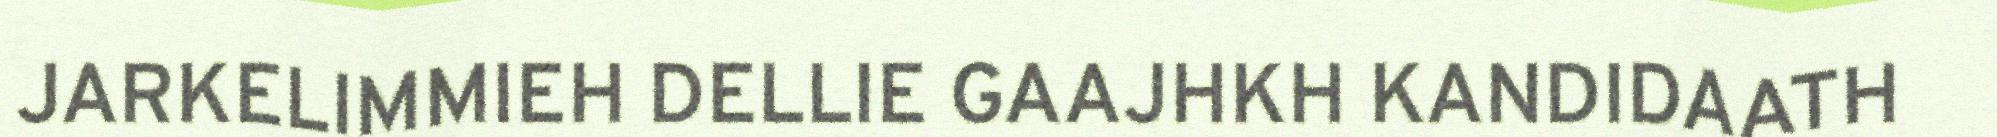
JARKELIMMIEH DELLIE GAAJHKH KANDIDAATH